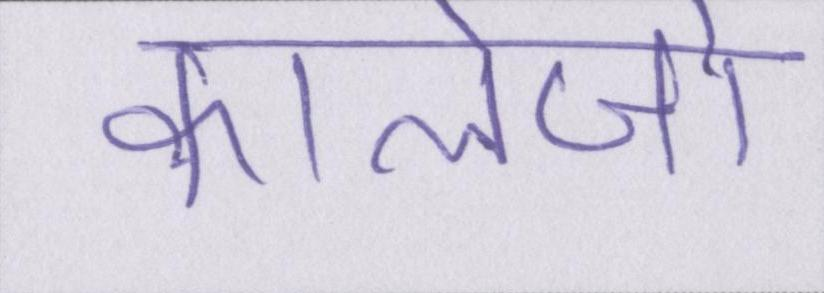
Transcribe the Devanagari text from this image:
कालेजों